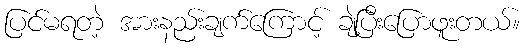
ပြင်မရတဲ့ အားနည်းချက်ကြောင့် ချဲ့ပြီးပြောဖူးတယ်။